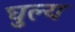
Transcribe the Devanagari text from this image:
घुल्य